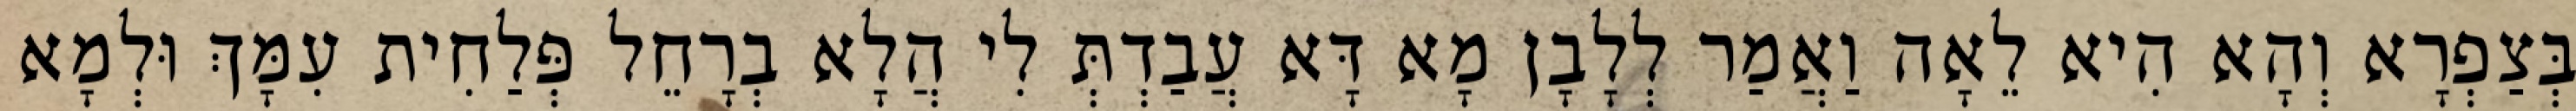
בְּצַפְרָא וְהָא הִיא לֵאָה וַאֲמַר לְלָבָן מָא דָּא עֲבַדְתְּ לִי הֲלָא בְרָחֵל פְּלַחִית עִמָּךְ וּלְמָא